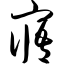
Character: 寤